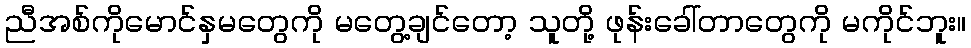
ညီအစ်ကိုမောင်နှမတွေကို မတွေ့ချင်တော့ သူတို့ ဖုန်းခေါ်တာတွေကို မကိုင်ဘူး။